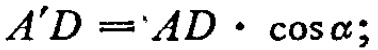
\(A'D = AD\cdot\cos\alpha;\)